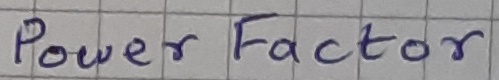
Text: Power  Factor